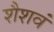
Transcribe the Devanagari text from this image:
शैशवं